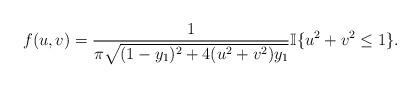
LaTeX: \begin{align*} f(u,v)=\frac{1}{\pi\sqrt{(1-y_1)^2+4(u^2+v^2)y_1}}\mathbb I\{u^2+v^2\le1\}. \end{align*}